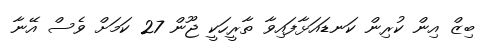
ބިޒް އިން ކުރިން ކަނޑައަޅާފައިވާ ތާރީހަކީ ޖޫން 27 ކަމަށް ވެސް އޭނާ